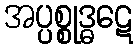
အပ္ပစ္စုဒ္ဓဋေ